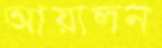
আয়ালন